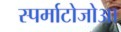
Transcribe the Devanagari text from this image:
स्पर्माटोजोआ